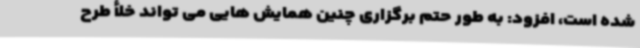
شده است، افزود: به طور حتم برگزاری چنین همایش هایی می تواند خلأ طرح